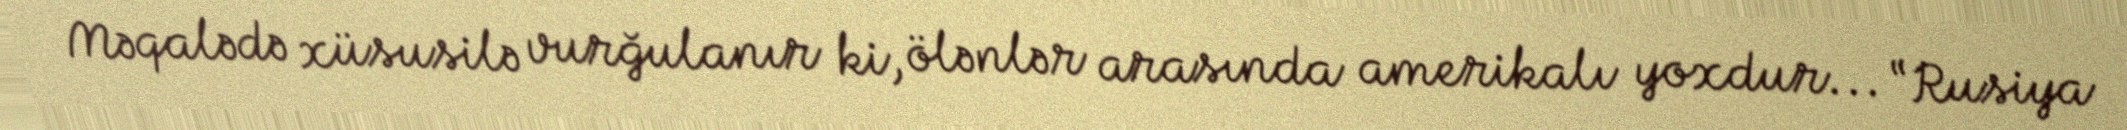
Məqalədə xüsusilə vurğulanır ki, ölənlər arasında amerikalı yoxdur... “Rusiya